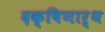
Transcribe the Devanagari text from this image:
दक्षिणार्थ